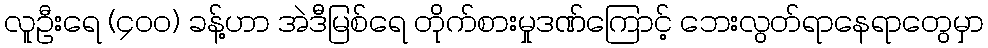
လူဦးရေ (၄ဝဝ) ခန့်ဟာ အဲဒီမြစ်ရေ တိုက်စားမှုဒဏ်ကြောင့် ဘေးလွတ်ရာနေရာတွေမှာ